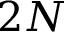
2 N